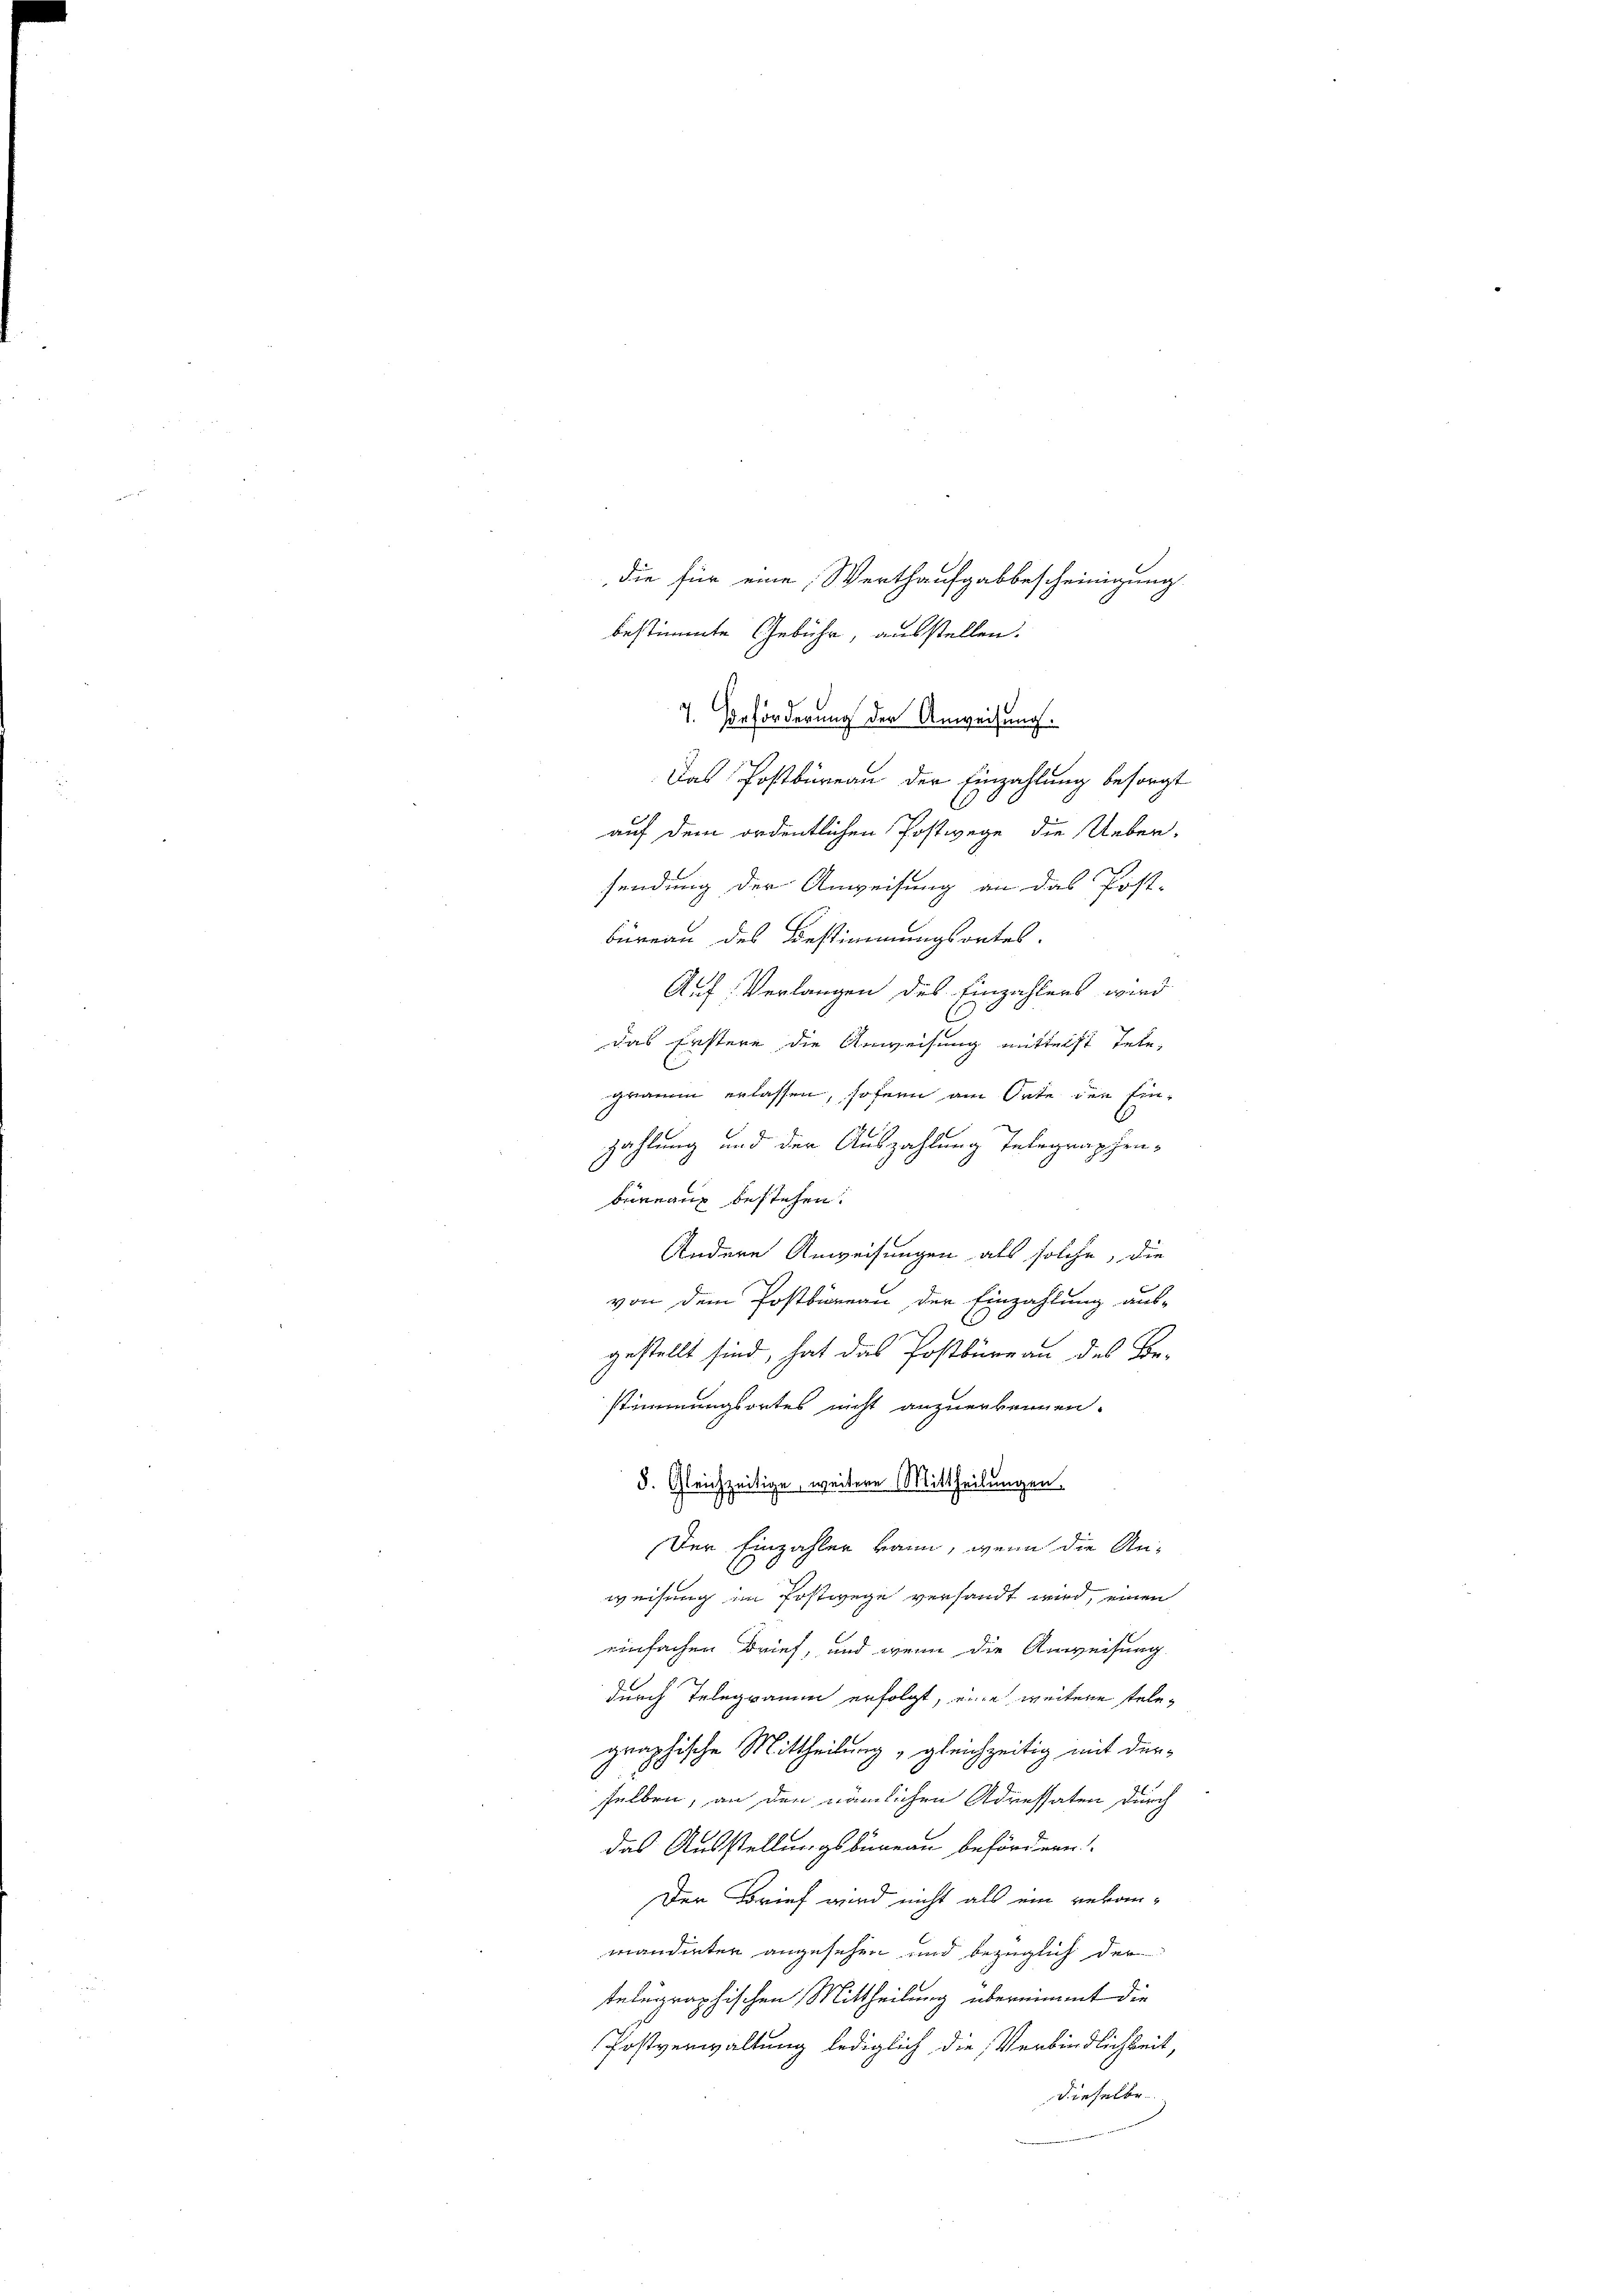
C
das Festere die Anweisung mittelst Telegramm erlassen, sofern am Orte den Einzahlung und der Auszahlung Telegraphenbeinanz bestehen.
Andere Anweisungen als solche, die
von dem Postbureau der Einzahlung aus-
gestellt sind, hat das Postbüreau des Be-
stimmungsortes nicht anzuerkennen.
. Gleichzeitige, weitere Mittheilungen
70
Der Einzahler kann, wenn die An-
weisung im Postwege versandt wird, einen
einfachen Brief, und wenn die Anweisung
durch Telegramm erfolgt, eine weitere telegraphische Mittheilung „gleichzeitig mit derselben, an den nämlichen Adressaten durch
das Ausstellungsbureau befördern.
Der Brief wird nicht als ein rebanmandenten angesehen und bezüglich der
telegraphischen Mittheilung übernimmt die
Postverwaltung lediglich die Verbindlichkeit,
dieselbe

Das Postbüreau der Einzahlung besorgt
auf dem ordentlichen Postwege die Ueber-
sendung der Anweisung an das Post-
büreau des Bestimmungsortes.
Auf: Verlangen des Einzahlens wird

die für eine Werthaufgabbescheinigung
bestimmte Gebühr, ausstellen.
7. Beförderung der Anweisung.